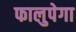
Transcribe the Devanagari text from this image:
फालुपेगा